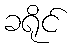
ခရိုင်